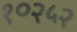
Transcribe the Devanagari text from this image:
१०२५२